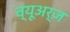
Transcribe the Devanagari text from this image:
व्यूअर्ज़